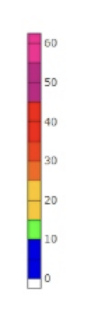
Blue: 0 to 10
Green: 10 to 15
Yellow: 15 to 25
Orange: 25 to 30
Dark Orange: 30 to 35
Red: 35 to 45
Magenta: 45 to 55
Pink: 55 to 63